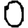
Digit: 0